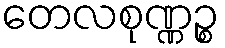
တေလစုဏ္ဏဉ္စ